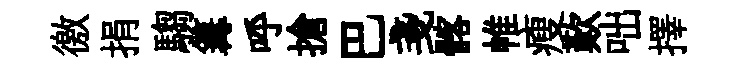
徼捐騶篝呼搶巴戔髂帷瘦歎咄擇